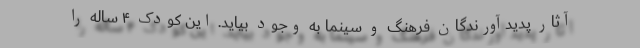
آثار پدیدآورندگان فرهنگ و سینما به وجود بیاید. این کودک ۴ ساله را